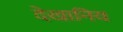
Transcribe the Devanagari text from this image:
देखानिय